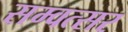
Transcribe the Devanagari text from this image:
सम्वत्सर